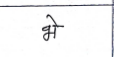
मजकूर: भे